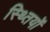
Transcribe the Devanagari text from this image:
स्थ्तियों